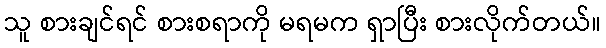
သူ စားချင်ရင် စားစရာကို မရမက ရှာပြီး စားလိုက်တယ်။